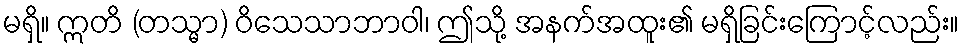
မရှိ။ ဣတိ (တသ္မာ) ဝိသေသာဘာဝါ၊ ဤသို့ အနက်အထူး၏ မရှိခြင်းကြောင့်လည်း။